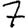
Digit: 7